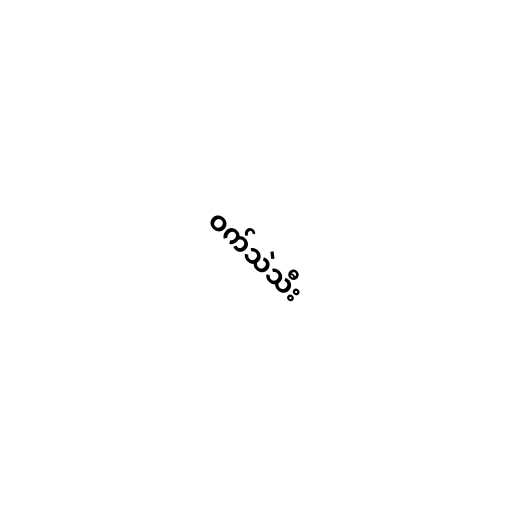
ဝက်သဲသီး